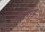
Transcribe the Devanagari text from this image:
सरगड